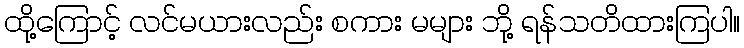
ထို့ကြောင့် လင်မယားလည်း စကား မများ ဘို့ ရန်သတိထားကြပါ။